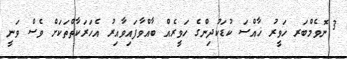
3 ނޮވެމްބަރ ހަވީރު ޚާއްސަ ކުޑަކުދިންގެ ހަވީރެއް ބާއްވާފައިވާއިރު އެހަރަކާތްތަކަށް ވެސް ވަނީ